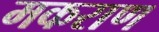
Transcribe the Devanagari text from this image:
मकराण